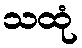
သထုံ